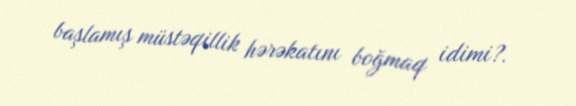
başlamış müstəqillik hərəkatını boğmaq idimi?.